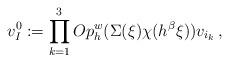
LaTeX: \begin{align*} v^0_I:= \displaystyle\prod_{k=1}^3Op_h^w(\Sigma(\xi)\chi(h^{\beta}\xi))v_{i_k}\,,\end{align*}